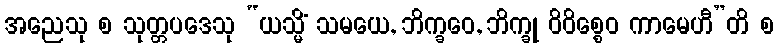
အညေသု စ သုတ္တပဒေသု “ယသ္မိံ သမယေ, ဘိက္ခဝေ, ဘိက္ခု ဝိဝိစ္စေဝ ကာမေဟီ”တိ စ